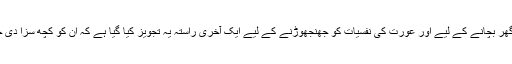
اس کے بعد گھر بچانے کے لیے اور عورت کی نفسیات کو جھنجھوڑنے کے لیے ایک آخری راستہ یہ تجویز کیا گیا ہے کہ ان کو کچھ سزا دی جا سکتی ہے۔